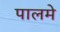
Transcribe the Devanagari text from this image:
पालमे